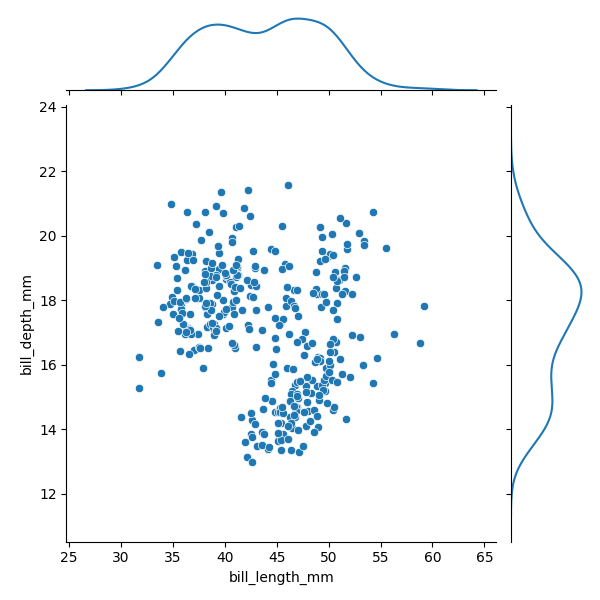
python, seaborn, JointGrid, scatterplot, kdeplot